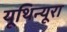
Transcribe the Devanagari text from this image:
यूथिन्यूरा